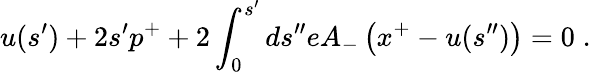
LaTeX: u(s^{\prime})+2s^{\prime}p^{+}+2\int_{0}^{s^{\prime}}ds^{\prime\prime}eA_{-}\left(x^{+}-u(s^{\prime\prime})\right)=0\; .